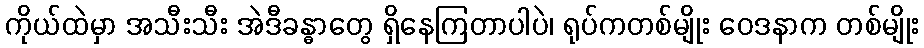
ကိုယ်ထဲမှာ အသီးသီး အဲဒီခန္ဓာတွေ ရှိနေကြတာပါပဲ၊ ရုပ်ကတစ်မျိုး ဝေဒနာက တစ်မျိုး